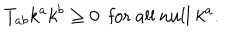
T _ { a b } k ^ { a } k ^ { b } \geq 0 ~ ~ \mathrm { f o r ~ a l l ~ n u l l } ~ k ^ { a } .